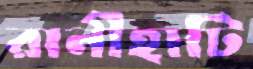
রানীহাটি